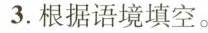
3.根据语境填空。